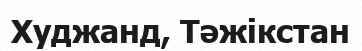
Худжанд, Тәжікстан